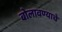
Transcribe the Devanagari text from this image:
बोलावण्याचे